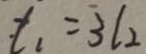
t _ { 1 } = 3 l _ { 2 }